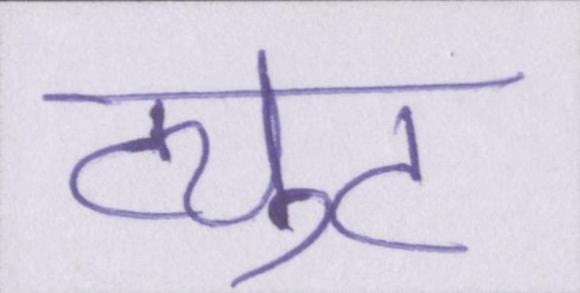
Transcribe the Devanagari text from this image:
ट्युट